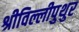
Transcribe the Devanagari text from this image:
श्रीविल्लीपुथुर